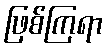
ဖြစ်ကြရာ